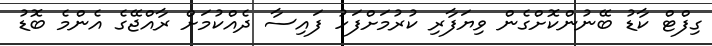
ގިފްޓް ކާޑު ބޭނުންކޮށްގެން ވިޔަފާރި ކުރުމަށްފަހު ފައިސާ ދެއްކުމަށް ރާއްޖޭގެ އެންމެ ބޮޑު